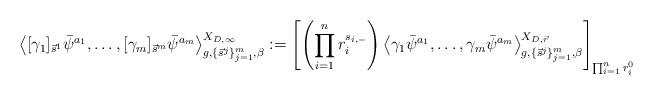
LaTeX: \begin{align*} \left\langle [\gamma_1]_{\vec s^1}\bar{\psi}^{a_1},\ldots, [\gamma_m]_{\vec s^m}\bar{\psi}^{a_m} \right\rangle_{g,\{\vec s^j\}_{j=1}^m,\beta}^{X_{D,\infty}}:=\left[\left(\prod_{i=1}^n r_i^{s_{i,-}}\right)\left\langle \gamma_1\bar{\psi}^{a_1},\ldots, \gamma_m\bar{\psi}^{a_m} \right\rangle_{g,\{\vec s^j\}_{j=1}^m,\beta}^{X_{D,\vec r}}\right]_{\prod_{i=1}^n r_i^0}\end{align*}